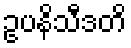
ဥပနိသီဒတိ